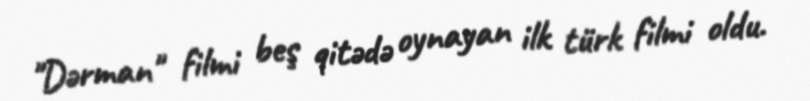
"Dərman" filmi beş qitədə oynayan ilk türk filmi oldu.